Scottish Leaving Certificate Examination, 1953
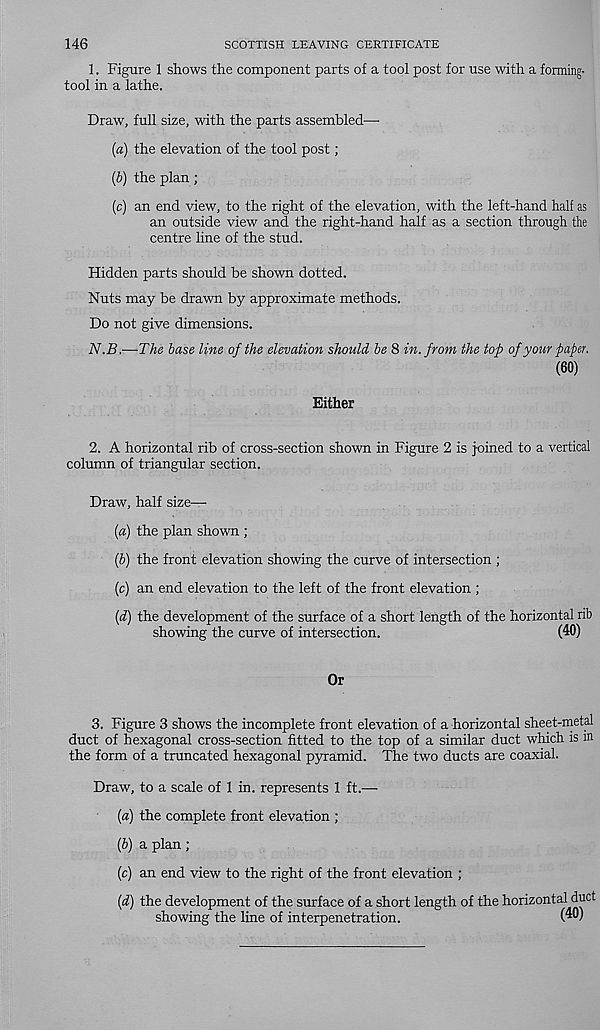
146
SCOTTISH LEAVING CERTIFICATE
1. Figure 1 shows the component parts of a tool post for use with a forming-
tool in a lathe.
Draw, full size, with the parts assembled—
(a) the elevation of the tool post;
(b) the plan;
(c) an end view, to the right of the elevation, with the left-hand half as
an outside view and the right-hand half as a section through the
centre line of the stud.
Hidden parts should be shown dotted.
Nuts may be drawn by approximate methods.
Do not give dimensions.
N.B,—The base line of the elevation should be 8 in. from the top of your paper.
(60)
Either
2. A horizontal rib of cross-section shown in Figure 2 is joined to a vertical
column of triangular section.
Draw, half size—
(a) the plan shown ;
{b) the front elevation showing the curve of intersection ;
(c) an end elevation to the left of the front elevation ;
{d) the development of the surface of a short length of the horizontal rib
showing the curve of intersection.
(40)
Or
3. Figure 3 shows the incomplete front elevation of a horizontal sheet-metal
duct of hexagonal cross-section fitted to the top of a similar duct which is in
the form of a truncated hexagonal pyramid. The two ducts are coaxial.
Draw, to a scale of 1 in. represents 1 ft.—
(a) the complete front elevation ;
(b) a plan;
(c) an end view to the right of the front elevation ;
(d) the development of the surface of a short length of the horizontal duct
showing the line of interpenetration.
(4®)